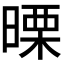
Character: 𭧅